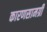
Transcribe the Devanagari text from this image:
कारणसामग्री